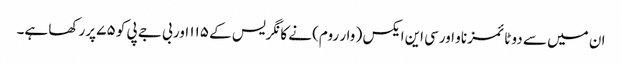
ان میں سے دو ٹائمز ناو اورسی این ایکس ( وار روم) نے کانگریس کے ۱۱۵ اور بی جے پی کو ۷۵ پرر کھا ہے۔